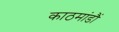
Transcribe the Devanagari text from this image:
काठमांडौं